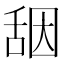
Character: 𰰀